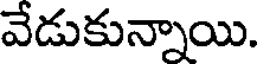
వేడుకున్నాయి.